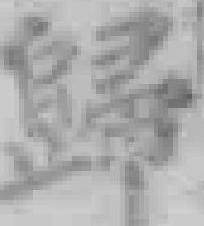
歸